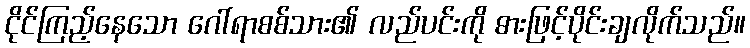
ငိုင်ကြည့်နေသော ဂေါ်ရာစစ်သား၏ လည်ပင်းကို ဓားဖြင့်ပိုင်းချလိုက်သည်။